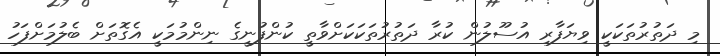
މި ދަތުރުތަކަކީ ވިޔަފާރި އުސޫލުން ކުރާ ދަތުރުތަކަކަށްވާތީ ކުންފުނީގެ ނިންމުމަކީ އެގޮތަށް ބެލުމަށްފަހު